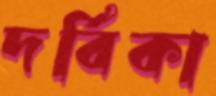
দর্বিকা